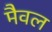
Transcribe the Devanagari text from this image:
मैवल